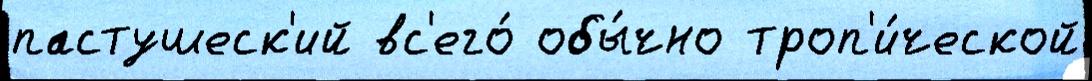
пастушеск'ий вс'его́ обы́чно троп'и́ческой